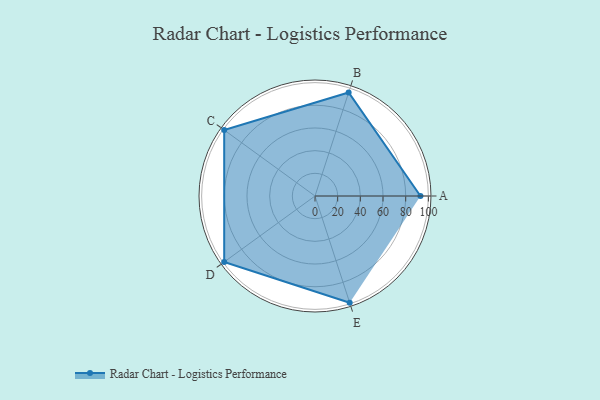
{"axis": {"x": "Skill", "y": "Score"}, "legend": ["Profile"], "data": [{"x": "A", "y": 93.0, "type": "Profile"}, {"x": "B", "y": 96.0, "type": "Profile"}, {"x": "C", "y": 99.0, "type": "Profile"}, {"x": "D", "y": 99, "type": "Profile"}, {"x": "E", "y": 99, "type": "Profile"}]}